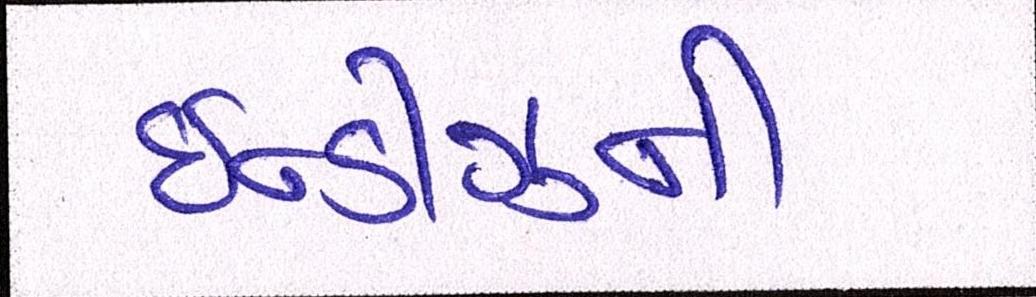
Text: ઇન્ડીઝની